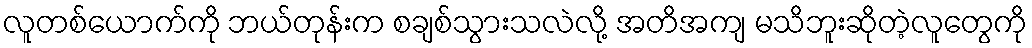
လူတစ်ယောက်ကို ဘယ်တုန်းက စချစ်သွားသလဲလို့ အတိအကျ မသိဘူးဆိုတဲ့လူတွေကို